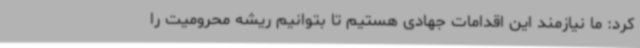
کرد: ما نیازمند این اقدامات جهادی هستیم تا بتوانیم ریشه محرومیت را